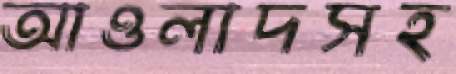
আওলাদসহ